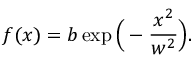
f ( x ) = b \exp \Big ( - \frac { x ^ { 2 } } { w ^ { 2 } } \Big ) .